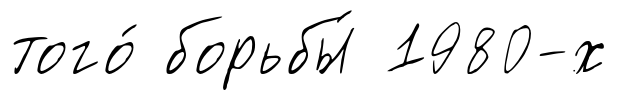
того́ борьбы́ 1980-х